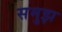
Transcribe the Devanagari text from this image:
समुझ